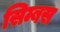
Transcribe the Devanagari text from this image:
सिम्बस